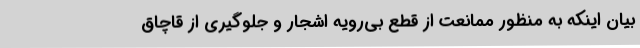
بیان اینکه به منظور ممانعت از قطع بی‌رویه اشجار و جلوگیری از قاچاق